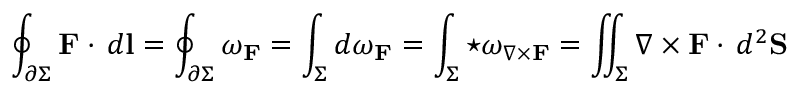
\oint _ { \partial \Sigma } { \mathbf { F } \cdot \, d \mathbf { l } } = \oint _ { \partial \Sigma } { \omega _ { \mathbf { F } } } = \int _ { \Sigma } { d \omega _ { \mathbf { F } } } = \int _ { \Sigma } { \star \omega _ { \nabla \times \mathbf { F } } } = \iint _ { \Sigma } { \nabla \times \mathbf { F } \cdot \, d ^ { 2 } \mathbf { S } }